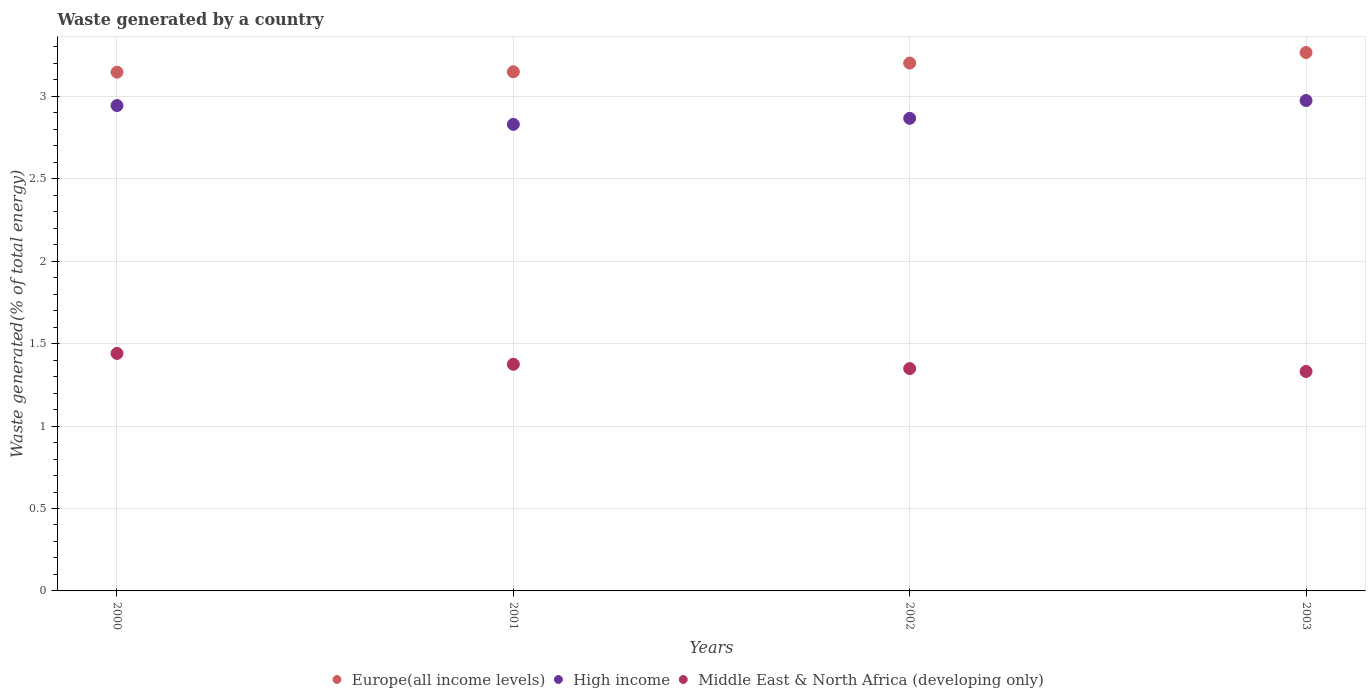
| Years | Europe(all income levels) | High income | Middle East & North Africa (developing only) |
 | --- | --- | --- | --- |
 | 2000 | 3.15 | 2.94 | 1.44 |
 | 2001 | 3.15 | 2.83 | 1.37 |
 | 2002 | 3.2 | 2.87 | 1.35 |
 | 2003 | 3.27 | 2.98 | 1.33 |